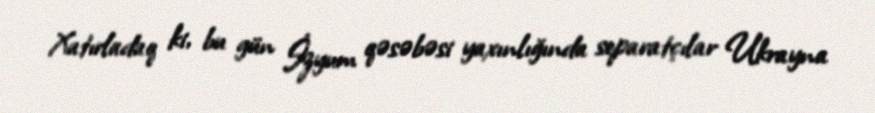
Xatırladaq ki, bu gün İzyum qəsəbəsi yaxınlığında separatçılar Ukrayna